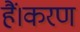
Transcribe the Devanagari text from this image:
हैं।करण